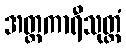
အတ္တကာရီသုတ္တံ